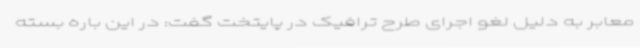
معابر به دلیل لغو اجرای طرح ترافیک در پایتخت گفت: در این باره بسته